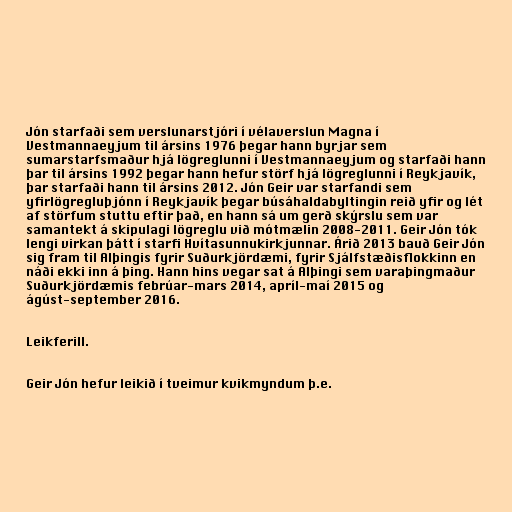
Jón starfaði sem verslunarstjóri í vélaverslun Magna í
Vestmannaeyjum til ársins 1976 þegar hann byrjar sem
sumarstarfsmaður hjá lögreglunni í Vestmannaeyjum og starfaði hann
þar til ársins 1992 þegar hann hefur störf hjá lögreglunni í Reykjavík,
þar starfaði hann til ársins 2012. Jón Geir var starfandi sem
yfirlögregluþjónn í Reykjavík þegar búsáhaldabyltingin reið yfir og lét
af störfum stuttu eftir það, en hann sá um gerð skýrslu sem var
samantekt á skipulagi lögreglu við mótmælin 2008-2011. Geir Jón tók
lengi virkan þátt í starfi Hvítasunnukirkjunnar. Árið 2013 bauð Geir Jón
sig fram til Alþingis fyrir Suðurkjördæmi, fyrir Sjálfstæðisflokkinn en
náði ekki inn á þing. Hann hins vegar sat á Alþingi sem varaþingmaður
Suðurkjördæmis febrúar-mars 2014, apríl-maí 2015 og
ágúst-september 2016.

Leikferill.

Geir Jón hefur leikið í tveimur kvikmyndum þ.e.